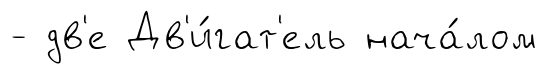
- дв'е Дв'и́гат'ель нача́лом